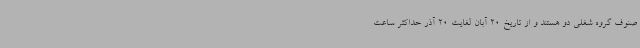
صنوف گروه شغلی دو هستند و از تاریخ 20 آبان لغایت 20 آذر حداکثر ساعت